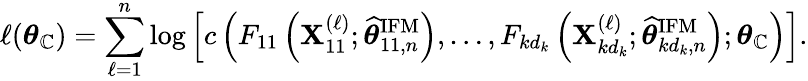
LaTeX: \ell(\boldsymbol{\theta}_{\mathbb{C}})=\sum_{\ell=1}^{n}\log\left[c\left(F_{11}\left(\mathbf{X}_{11}^{(\ell)};\widehat{{\boldsymbol{\theta}}}_{11,n}^{\mathrm{{IFM}}}\right),\dots,F_{kd_{k}}\left(\mathbf{X}_{kd_{k}}^{(\ell)};\widehat{{\boldsymbol{\theta}}}_{kd_{k},n}^{\mathrm{{IFM}}}\right);\boldsymbol{\theta}_{\mathbb{C}}\right)\right].